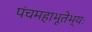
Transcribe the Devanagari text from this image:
पंचमहाभूतेभ्यः